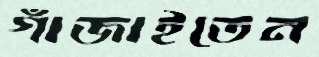
গাঁজাইতেন